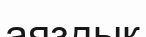
аяздық